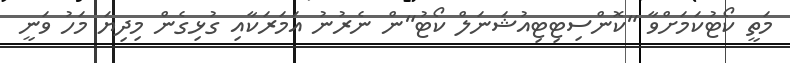
މަތީ ކޯޓުކަމަށްވާ "ކޮންސިޓިޓިއުޝަނަލް ކޯޓު"ން ނެރުނު އަމަރަކާއި ގުޅިގެން މިދިޔަ މަހު ވަނީ